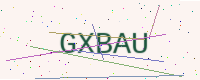
Text: GXBAU